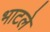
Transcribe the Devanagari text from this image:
भाटले